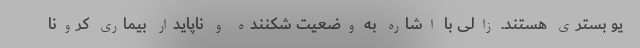
یو بستری هستند. زالی با اشاره به وضعیت شکننده و ناپایدار بیماری کرونا